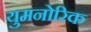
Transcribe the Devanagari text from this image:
युमनोरिक